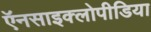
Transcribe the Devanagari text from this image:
ऍनसाइक्लोपीडिया